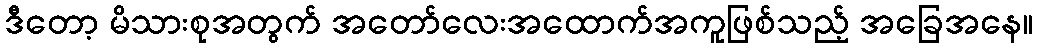
ဒီတော့ မိသားစုအတွက် အတော်လေးအထောက်အကူဖြစ်သည့် အခြေအနေ။